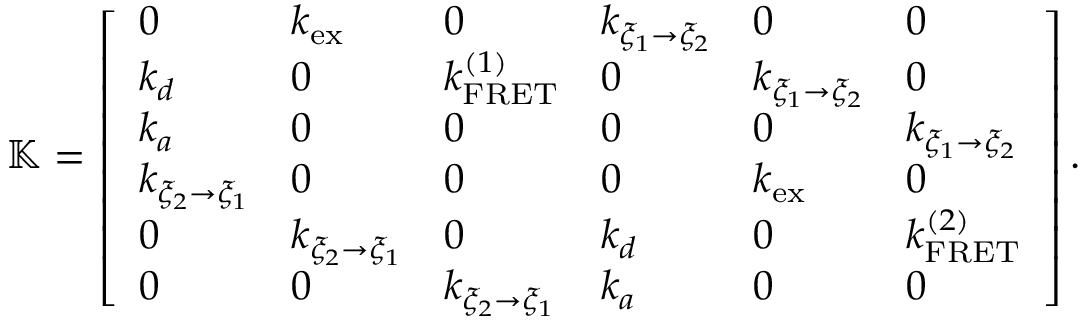
\mathbb { K } = \left[ \begin{array} { l l l l l l } { 0 } & { k _ { \mathrm { e x } } } & { 0 } & { k _ { \xi _ { 1 } \rightarrow \xi _ { 2 } } } & { 0 } & { 0 } \\ { k _ { d } } & { 0 } & { k _ { \mathrm { F R E T } } ^ { ( 1 ) } } & { 0 } & { k _ { \xi _ { 1 } \rightarrow \xi _ { 2 } } } & { 0 } \\ { k _ { a } } & { 0 } & { 0 } & { 0 } & { 0 } & { k _ { \xi _ { 1 } \rightarrow \xi _ { 2 } } } \\ { k _ { \xi _ { 2 } \rightarrow \xi _ { 1 } } } & { 0 } & { 0 } & { 0 } & { k _ { \mathrm { e x } } } & { 0 } \\ { 0 } & { k _ { \xi _ { 2 } \rightarrow \xi _ { 1 } } } & { 0 } & { k _ { d } } & { 0 } & { k _ { \mathrm { F R E T } } ^ { ( 2 ) } } \\ { 0 } & { 0 } & { k _ { \xi _ { 2 } \rightarrow \xi _ { 1 } } } & { k _ { a } } & { 0 } & { 0 } \end{array} \right] .